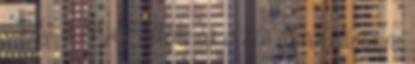
Még a végén belém ég a kép és rémálmaim